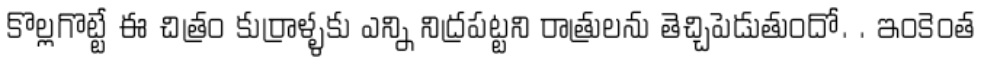
కొల్లగొట్టే ఈ చిత్రం కుర్రాళ్ళకు ఎన్ని నిద్రపట్టని రాత్రులను తెచ్చిపెడుతుందో. . ఇంకెంత